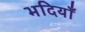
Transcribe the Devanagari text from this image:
भदियाँ